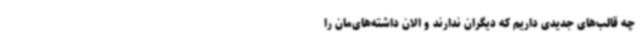
چه قالب‌های جدیدی داریم که دیگران ندارند و الان داشته‌های‌مان را